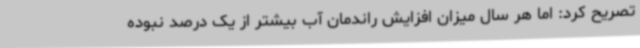
تصریح کرد: اما هر سال میزان افزایش راندمان آب بیشتر از یک درصد نبوده